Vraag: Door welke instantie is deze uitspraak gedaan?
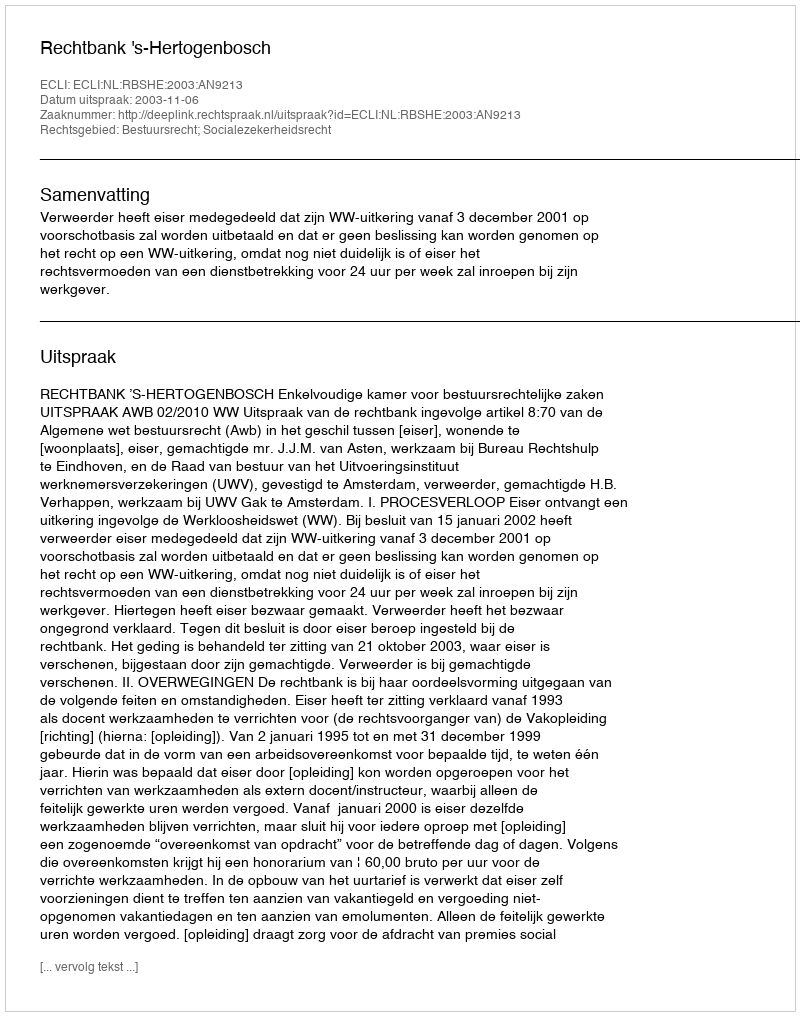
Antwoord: Rechtbank 's-Hertogenbosch